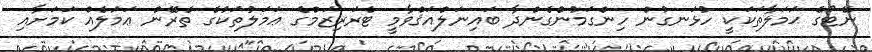
ނޭޓޯގެ ޙަމަލާތަކަކީ ހުޅަނގުން ހިންގަމުންގެންދާ ބައިނަލްއަޤްވާމީ ޓެރަރިޒަމްގެ ޢަމަލުތަކުގެ ތެރޭން ޢަމަލެއް ކަމަށާއި